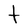
Character: t